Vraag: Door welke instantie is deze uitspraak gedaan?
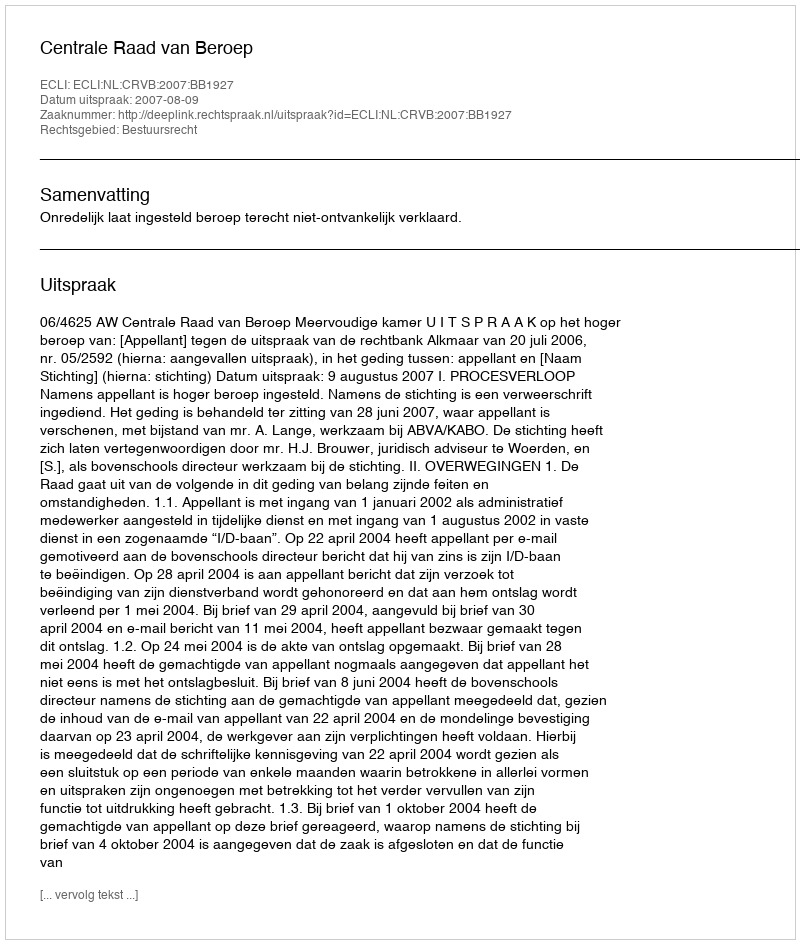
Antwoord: Centrale Raad van Beroep